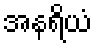
အနရိယံ